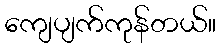
ကျေပျက်ကုန်တယ်။